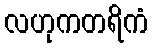
လဟုကတရိကံ